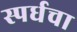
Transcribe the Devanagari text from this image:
स्पर्धचा